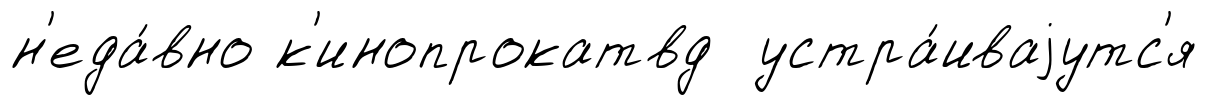
н'еда́вно к'инопрокатвд устра́иваjутс'я